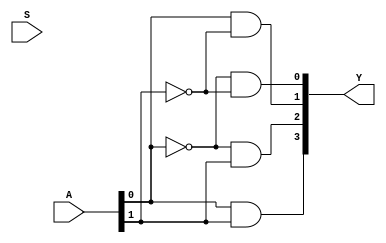
`timescale 1ns / 1ps
//////////////////////////////////////////////////////////////////////////////////
// Company: 
// Engineer: 
// 
// Design Name: 
// Module Name: Decoder
// Project Name: 
// Target Devices: 
// Tool Versions: 
// Description: 
// 
// Dependencies: 
// 
// Revision:
// Revision 0.01 - File Created
// Additional Comments:
// 
//////////////////////////////////////////////////////////////////////////////////


module Decoder(input[1:0] A, input S, output [3:0] Y);
wire nA0,nA1;

not (nA0,A[0]),(nA1,A[1]);
and (Y[0],nA0,nA1),(Y[1],A[0],nA1),(Y[2],nA0,A[1]),(Y[3],A[0],A[1]);

endmodule